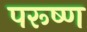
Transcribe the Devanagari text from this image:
परूष्ण